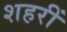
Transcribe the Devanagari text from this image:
शहरीं